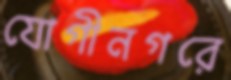
যোগীনগরে